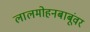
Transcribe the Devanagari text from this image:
लालमोहनबाबूंवर